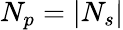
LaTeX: N_{p}=|N_{s}|